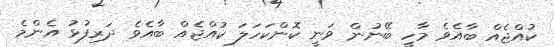
ކުއްޖެއް ބާއެވެ މާހީ ބޭނުން ވަނީ ކޮންކަހަލަ ކުއްޖެއް ބާއެެވެ ދަރިފުޅު އެންމެ